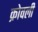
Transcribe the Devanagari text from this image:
क्रोवली